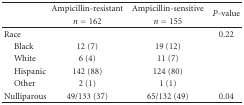
<table><thead><tr><td rowspan="2"></td><td><b>Ampicillin-resistant</b></td><td><b>Ampicillin-sensitive</b></td><td rowspan="2"><b><i>P</i>-value</b></td></tr><tr><td><b><i>n</i> = 162</b></td><td><b><i>n</i> = 155</b></td></tr></thead><tbody><tr><td>Race</td><td></td><td></td><td>0.22</td></tr><tr><td> Black</td><td>12 (7)</td><td>19 (12)</td></tr><tr><td> White</td><td>6 (4)</td><td>11 (7)</td></tr><tr><td> Hispanic</td><td>142 (88)</td><td>124 (80)</td></tr><tr><td> Other</td><td>2 (1)</td><td>1 (1)</td></tr><tr><td>Nulliparous</td><td>49/133 (37)</td><td>65/132 (49)</td><td>0.04</td></tr></tbody></table>